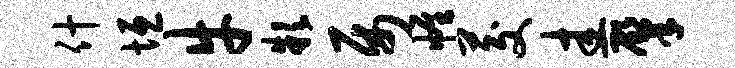
什垣牛款属帷茭圭肇